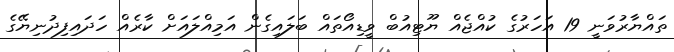
ތައްޔާރުވަނީ 19 އަހަރުގެ ކުއްޖެއް ޔޫޓިއުބް ވީޑިއޯތައް ބަލައިގެން އަމިއްލައަށް ކާރެއް ހަދައިފިދުނިޔޭގެ